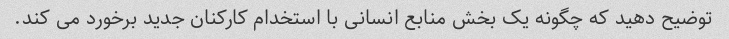
توضیح دهید که چگونه یک بخش منابع انسانی با استخدام کارکنان جدید برخورد می کند.